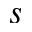
s